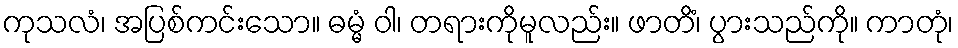
ကုသလံ၊ အပြစ်ကင်းသော။ ဓမ္မံ ဝါ၊ တရားကိုမူလည်း။ ဖာတိံ၊ ပွားသည်ကို။ ကာတုံ၊